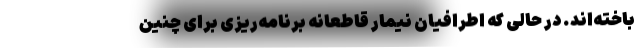
باخته‌اند. در حالی که اطرافیان نیمار قاطعانه برنامه‌ریزی برای چنین